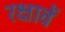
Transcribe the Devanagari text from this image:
रक्षावें